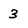
Character: 3